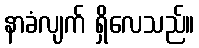
နာခံလျက် ရှိလေသည်။